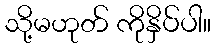
သို့မဟုတ် ကိုနှိပ်ပါ။